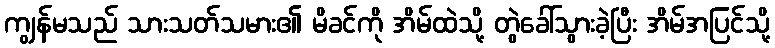
ကျွန်မသည် သားသတ်သမား၏ မိခင်ကို အိမ်ထဲသို့ တွဲခေါ်သွားခဲ့ပြီး အိမ်အပြင်သို့